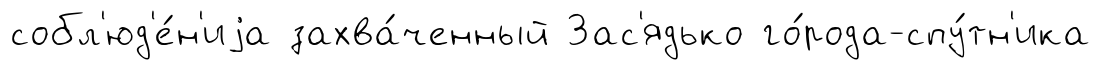
собл'юд'е́н'иjа захва́ченный Зас'ядько го́рода-спу́тн'ика